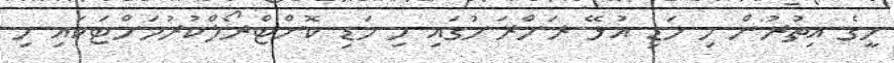
މީގެ އިތުރުން މި މަޑި އުޅޭ ރަށްރަށުގައި މި މަޑި ކޮންޓްރޯލްކުރުމަށްޓަކައި މި